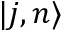
| j , n \rangle